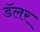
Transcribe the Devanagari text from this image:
डॅलर